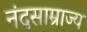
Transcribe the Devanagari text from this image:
नंदसाम्राज्य